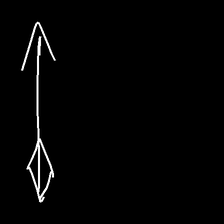
Glyph: focus